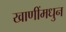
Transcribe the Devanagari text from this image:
खाणींमधुन